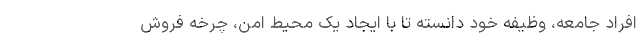
افراد جامعه، وظیفه خود دانسته تا با ایجاد یک محیط امن، چرخه‌ فروش